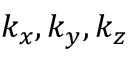
k _ { x } , k _ { y } , k _ { z }